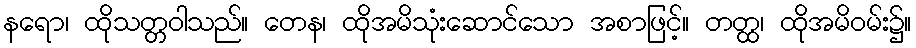
နရော၊ ထိုသတ္တဝါသည်။ တေန၊ ထိုအမိသုံးဆောင်သော အစာဖြင့်။ တတ္ထ၊ ထိုအမိဝမ်း၌။